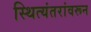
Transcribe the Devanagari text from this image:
स्थित्यंतरांवरून